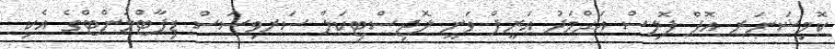
ކޮމިޝަނަރ އޮފް ޕޮލިސް އަޙްމަދު ޢަރީފް ވަނީ ލޮޖިސްޓިކަލް ސަރވިސަސް ޑިޕާޓްމަންޓްގެ އެކި